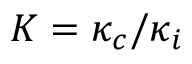
K = \kappa _ { c } / \kappa _ { i }